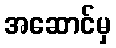
အဆောင်မှ